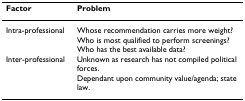
<table><thead><tr><td><b>Factor</b></td><td><b>Problem</b></td></tr></thead><tbody><tr><td>Intra-professional</td><td>Whose recommendation carries more weight?Who is most qualified to perform screenings?Who has the best available data?</td></tr><tr><td>Inter-professional</td><td>Unknown as research has not compiled political forces.Dependant upon community value/agenda; state law.</td></tr></tbody></table>